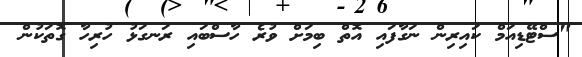
"ސްޓޭޑިއަމް ކައިރިން ނަގާފައި އޮތް ބިމަށް ވުރެ ހާސްބައި ރަނގަޅު ހުރިހާ ގޮތަކުން